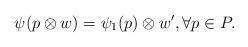
LaTeX: \begin{align*} \psi(p\otimes w)=\psi_1(p)\otimes w',\forall p\in P.\end{align*}